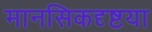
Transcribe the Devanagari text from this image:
मानसिकदृष्टया